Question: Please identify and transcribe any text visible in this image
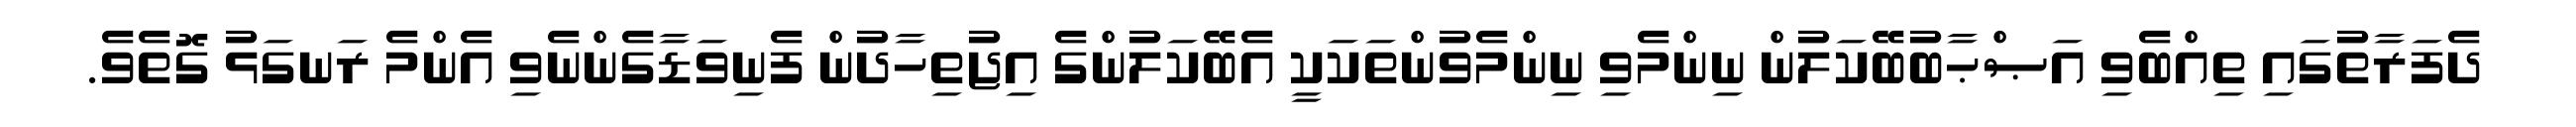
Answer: ދެފަރާތުގައި ތިއްބެވި އަޞްޙާބުބޭކަލުން ނިންމެވި ނިންމެވުންތަކަކީ އެބޭކަލުންގެ އިޖުތިހާދުން ފެނިވަޑާގެންނެވި އެންމެ ރަނގަޅު ގޮތެވެ.